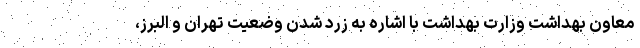
معاون بهداشت وزارت بهداشت با اشاره به زرد شدن وضعیت تهران و البرز،